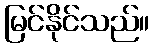
မြင်နိုင်သည်။